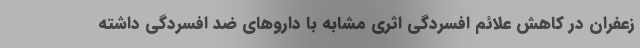
زعفران در کاهش علائم افسردگی اثری مشابه با داروهای ضد افسردگی داشته